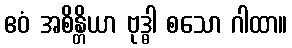
ဧဝံ အစိန္တိယာ ဗုဒ္ဓါ စသော ဂါထာ။